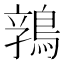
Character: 𱈬